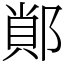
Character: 䣔